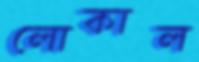
লোকাল